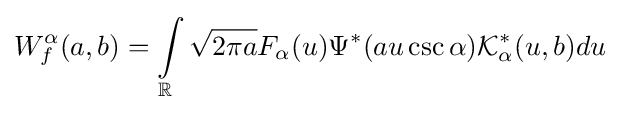
W_{f}^{\alpha }(a,b)=\int \limits _{\mathbb {R} }{{\sqrt {2\pi a}}F_{\alpha }(u)\Psi ^{\ast }(au\csc \alpha )}{\mathcal {K}}_{\alpha }^{\ast }(u,b)du